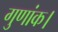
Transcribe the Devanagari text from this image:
गुणांक।